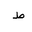
Letter: _da